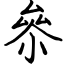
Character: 㕘